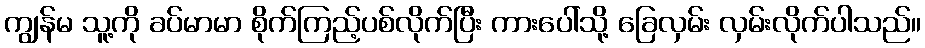
ကျွန်မ သူ့ကို ခပ်မာမာ စိုက်ကြည့်ပစ်လိုက်ပြီး ကားပေါ်သို့ ခြေလှမ်း လှမ်းလိုက်ပါသည်။